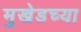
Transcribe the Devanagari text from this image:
मुखेडच्या